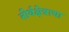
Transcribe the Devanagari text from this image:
तीर्थक्षेत्राचा